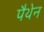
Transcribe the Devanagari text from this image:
पैथेन